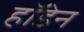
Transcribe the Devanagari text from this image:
हॉडेन